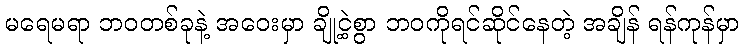
မရေမရာ ဘဝတစ်ခုနဲ့ အဝေးမှာ ချို့ငဲ့စွာ ဘဝကိုရင်ဆိုင်နေတဲ့ အချိန် ရန်ကုန်မှာ